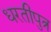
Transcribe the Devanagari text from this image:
धरतीपुत्र